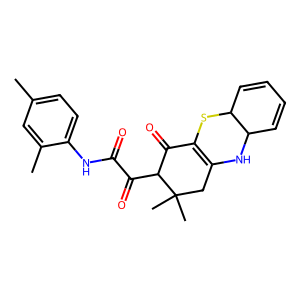
SMILES: Cc1ccc(NC(=O)C(=O)C2C(=O)C3=C(CC2(C)C)NC2C=CC=CC2S3)c(C)c1
Inhibits HIV replication: No